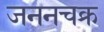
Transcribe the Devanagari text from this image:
जननचक्र